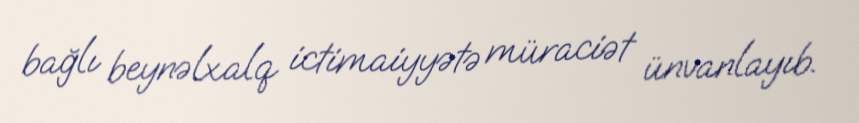
bağlı beynəlxalq ictimaiyyətə müraciət ünvanlayıb.